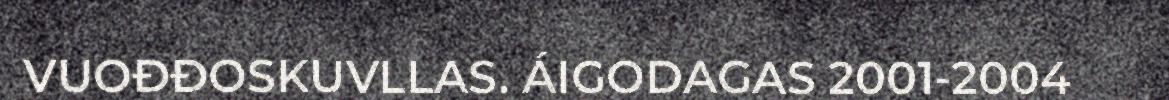
VUOĐĐOSKUVLLAS. ÁIGODAGAS 2001-2004